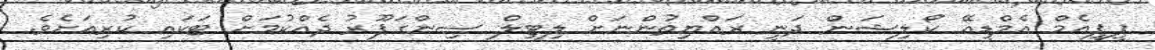
ޕީޕީއެމް އެމްޑީއޭ ކޯލިޝަން ދަނީ ރައްޔިތުންނަށް ލިޓިލް ސިންގަޕޫރު ދެއްކުމަށް ޓަކައި ކުރިއަށެވެ.